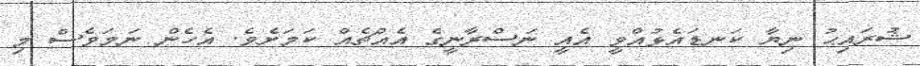
ޝުރައިޙު ނިޔާ ކަނޑައެޅުއްވީ އެއީ ނަސްރާނީގެ އެއްޗެއް ކަމަށެވެ. އެހެން ނަމަވެސް މި